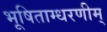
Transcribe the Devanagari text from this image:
भूषिताम्धरणीम्